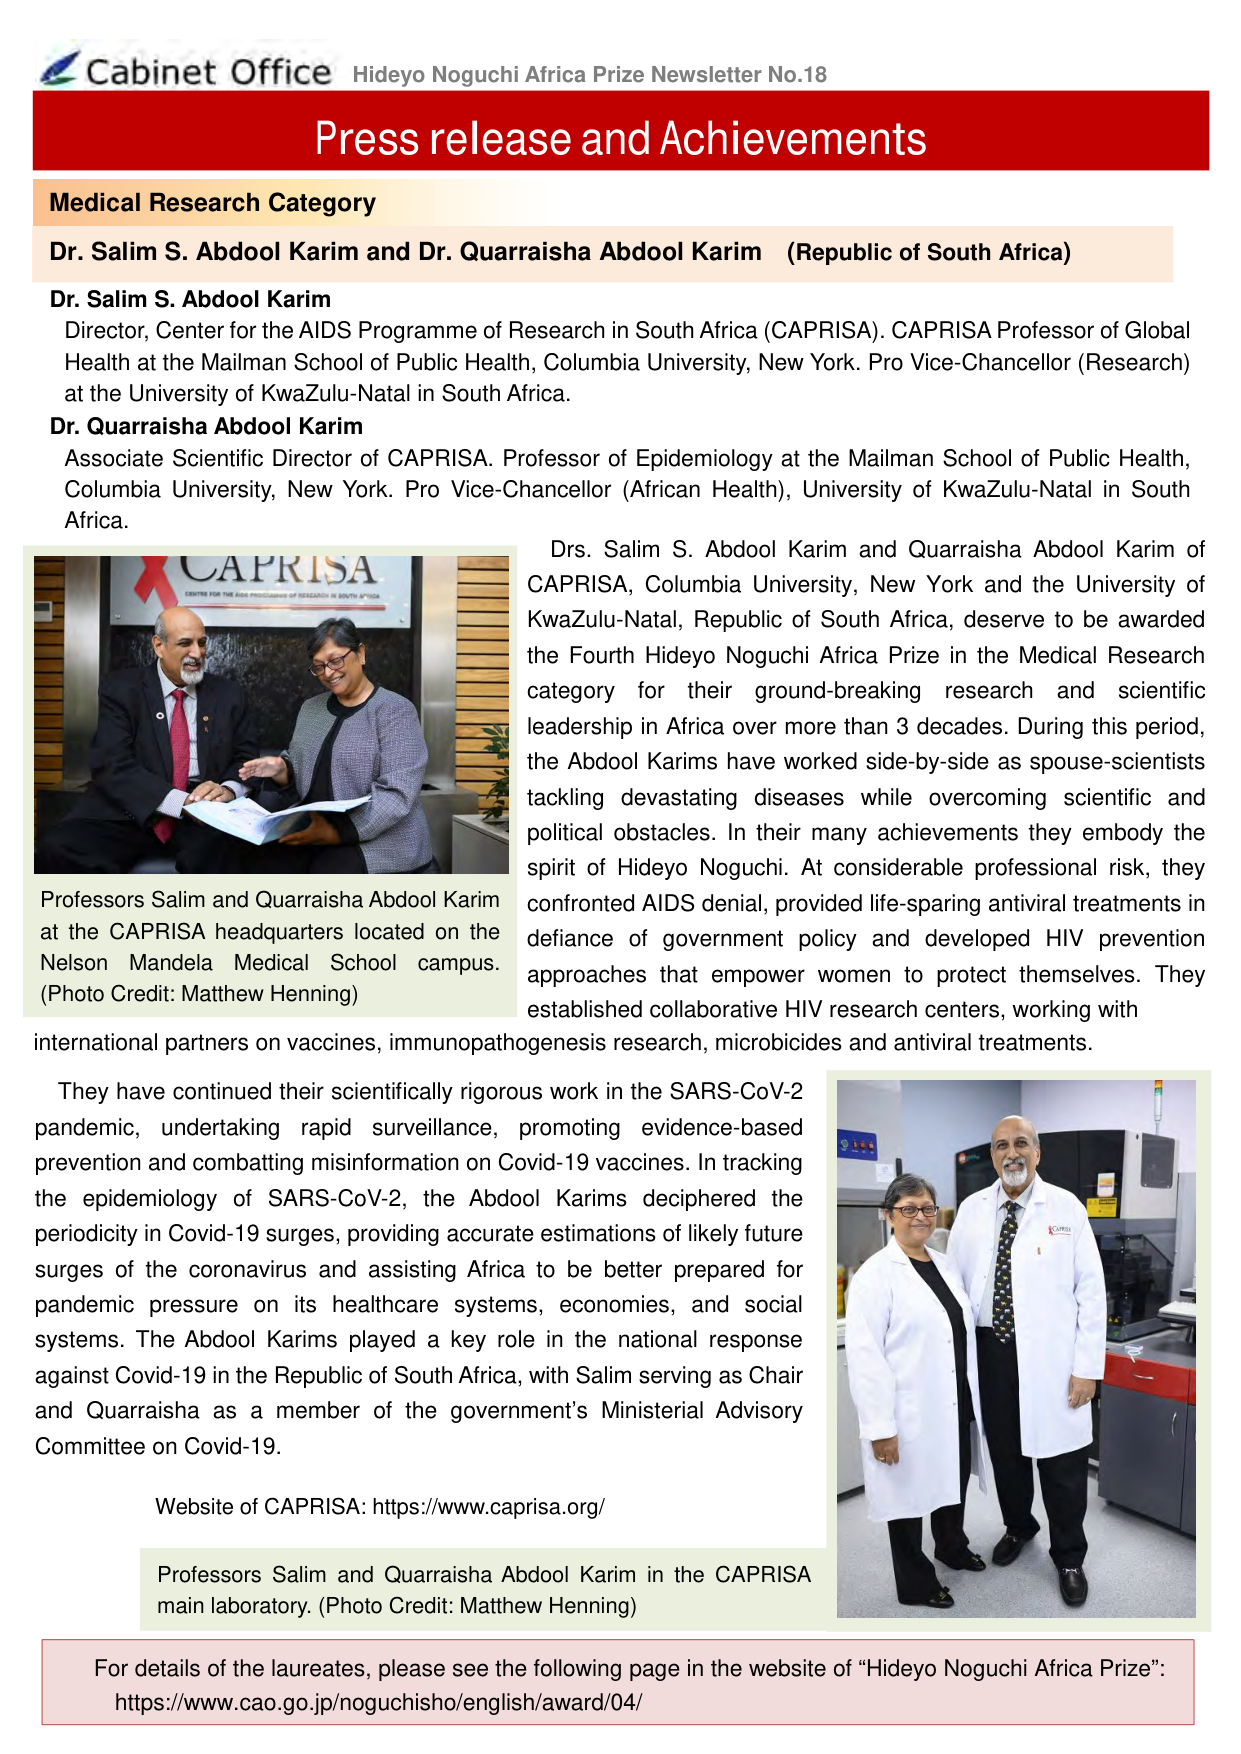
Cabinet Office Hideyo Noguchi Africa Prize Newsletter No.18
Press release and Achievements
Medical Research Category
Dr. Salim S. Abdool Karim and Dr. Quarraisha Abdool Karim (Republic of South Africa)
Dr. Salim S. Abdool Karim
Director, Center for the AIDS Programme of Research in South Africa (CAPRISA). CAPRISA Professor of Global Health at the Mailman School of Public Health, Columbia University, New York. Pro Vice-Chancellor (Research) at the University of KwaZulu-Natal in South Africa.
Dr. Quarraisha Abdool Karim
Associate Scientific Director of CAPRISA. Professor of Epidemiology at the Mailman School of Public Health, Columbia University, New York. Pro Vice-Chancellor (African Health), University of KwaZulu-Natal in South Africa.
CAPRISA
CENTRE FOR THE AIDS PROGRAMME OF RESEARCH IN SOUTH AFRICA
Drs. Salim S. Abdool Karim and Quarraisha Abdool Karim of CAPRISA, Columbia University, New York and the University of KwaZulu-Natal, Republic of South Africa, deserve to be awarded the Fourth Hideyo Noguchi Africa Prize in the Medical Research category for their ground-breaking research and scientific leadership in Africa over more than 3 decades. During this period, the Abdool Karims have worked side-by-side as spouse-scientists tackling devastating diseases while overcoming scientific and political obstacles. In their many achievements they embody the spirit of Hideyo Noguchi. At considerable professional risk, they confronted AIDS denial, provided life-sparing antiviral treatments in defiance of government policy and developed HIV prevention approaches that empower women to protect themselves. They established collaborative HIV research centers, working with international partners on vaccines, immunopathogenesis research, microbicides and antiviral treatments.
Professors Salim and Quarraisha Abdool Karim at the CAPRISA headquarters located on the Nelson Mandela Medical School campus. (Photo Credit: Matthew Henning)
They have continued their scientifically rigorous work in the SARS-CoV-2 pandemic, undertaking rapid surveillance, promoting evidence-based prevention and combatting misinformation on Covid-19 vaccines. In tracking the epidemiology of SARS-CoV-2, the Abdool Karims deciphered the periodicity in Covid-19 surges, providing accurate estimations of likely future surges of the coronavirus and assisting Africa to be better prepared for pandemic pressure on its healthcare systems, economies, and social systems. The Abdool Karims played a key role in the national response against Covid-19 in the Republic of South Africa, with Salim serving as Chair and Quarraisha as a member of the government’s Ministerial Advisory Committee on Covid-19.
Website of CAPRISA: https://www.caprisa.org/
Professors Salim and Quarraisha Abdool Karim in the CAPRISA main laboratory. (Photo Credit: Matthew Henning)
For details of the laureates, please see the following page in the website of “Hideyo Noguchi Africa Prize”: https://www.cao.go.jp/noguchisho/english/award/04/